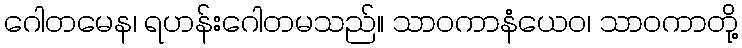
ဂေါတမေန၊ ရဟန်းဂေါတမသည်။ သာဝကာနံယေဝ၊ သာဝကာတို့